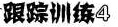
跟踪训练4